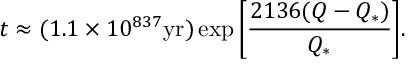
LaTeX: t \approx ( 1 . 1 \times 1 0 ^ { 8 3 7 } \mathrm { y r } ) \exp { \left[ { \frac { 2 1 3 6 ( Q - Q _ { * } ) } { Q _ { * } } } \right] } .